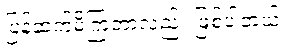
ပြန်ဆက်မိကြတာလည်း ဖြစ်ပါတယ်။